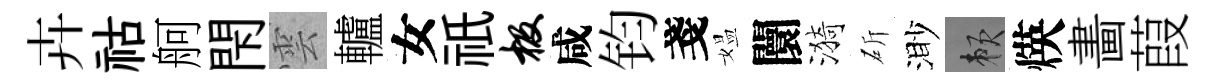
卉祜舸閇雲轤女祇极咸钧戔媪闤漪斫渺賴煐畵葭